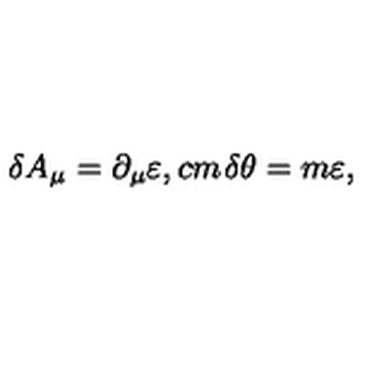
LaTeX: \delta A _ { \mu } = \partial _ { \mu } \varepsilon , \makebox [ 1 c m ] { } \delta \theta = m \varepsilon ,